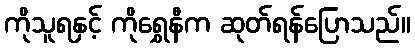
ကိုသူရနှင့် ကိုရွှေနီက ဆုတ်ရန်ပြောသည်။